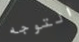
التوجه